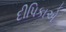
દીપિકાએ